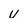
Character: u